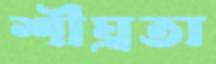
শীঘ্রতা